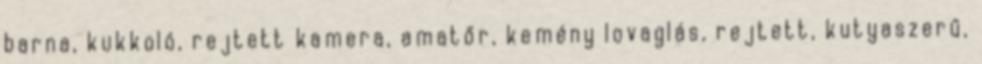
barna, kukkoló, rejtett kamera, amatőr, kemény lovaglás, rejtett, kutyaszerű,